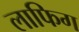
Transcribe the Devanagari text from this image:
लाफिग